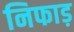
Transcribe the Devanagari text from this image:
निफाड़